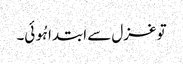
تو غزل سے ابتدا ہُوئی۔